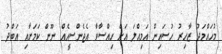
މުހައްމަދު ޒާހިރު ހުސައިން އަމިއްލަ އަށް ހިއްސާވާ އެޖެންސީއެއް ނޫން ކަމަށާއި އަބްދު